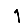
Digit: 1